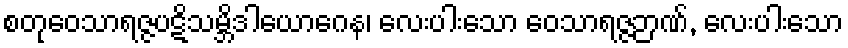
စတုဝေသာရဇ္ဇပဋိသမ္ဘိဒါယောဂေန၊ လေးပါးသော ဝေသာရဇ္ဇဉာဏ်, လေးပါးသော